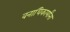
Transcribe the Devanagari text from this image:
वनाधिकार्यांना